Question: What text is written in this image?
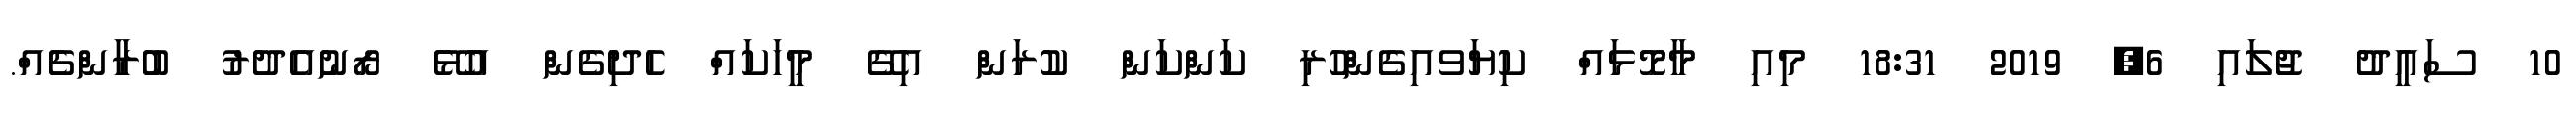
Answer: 10 ސައީދު ޖުލައި 6, 2019 18:31 މިއި މާމޮޅައް ކިޔަވއިގެންހުރި ކަންކަން ކުރަން އިގޭ މީހަކައް ހެދިގެން އުޅޭ ރޯނުއެދުރު ބުރާންޗެއް.